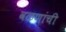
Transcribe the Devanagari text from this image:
वळणांची